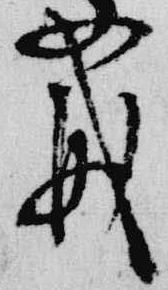
戒